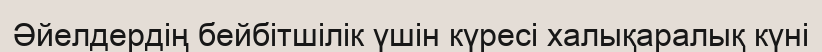
Әйелдердің бейбітшілік үшін күресі халықаралық күні